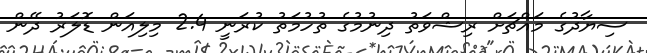
ސިޔާދުގެ މައްޗަށް ރިޝްވަތު ދިނުމުގެ ތުހުމަތު ކުރަނީ 2.4 މިލިއަން ޑޮލަރު ދޭން